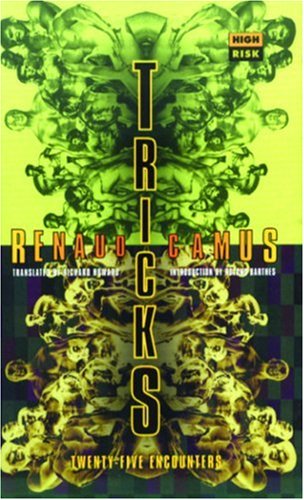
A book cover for Tricks: 25 Encounters (High Risk Books); Renaud Camus; Romance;